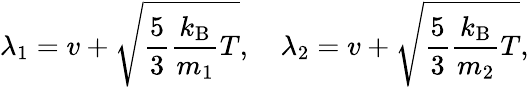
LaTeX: \lambda_{1}=v+\sqrt{\frac{5}{3}\frac{k_{\mathrm{B}}}{m_{1}}T},\quad\lambda_{2}=v+\sqrt{\frac{5}{3}\frac{k_{\mathrm{B}}}{m_{2}}T},